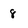
Character: 8